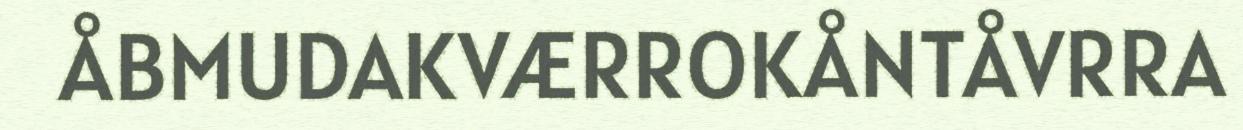
ÅBMUDAKVÆRROKÅNTÅVRRA